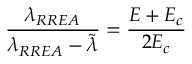
\frac { \lambda _ { R R E A } } { \lambda _ { R R E A } - \widetilde { \lambda } } = \frac { E + E _ { c } } { 2 E _ { c } }